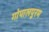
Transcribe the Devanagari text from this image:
गोपालपुरम